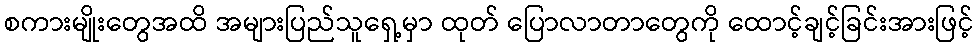
စကားမျိုးတွေအထိ အများပြည်သူရှေ့မှာ ထုတ် ပြောလာတာတွေကို ထောင့်ချင့်ခြင်းအားဖြင့်